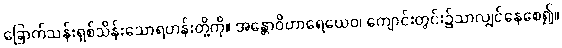
ခြောက်သန်းရှစ်သိန်းသောရဟန်းတို့ကို။ အန္တောဝိဟာရေယေဝ၊ ကျောင်းတွင်း၌သာလျှင်နေစေ၍။